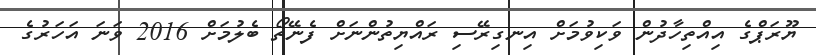
ޔޫރަޕްގެ އިއްތިހާދުން ވަކިވުމަށް އިނގިރޭސި ރައްޔިތުންނަށް ފެނޭތޯ ބެލުމަށް 2016 ވަނަ އަހަރުގެ